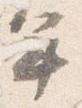
年